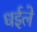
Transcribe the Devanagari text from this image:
धईले